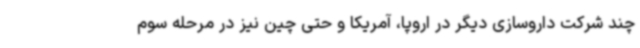
چند شرکت داروسازی دیگر در اروپا، آمریکا و حتی چین نیز در مرحله سوم